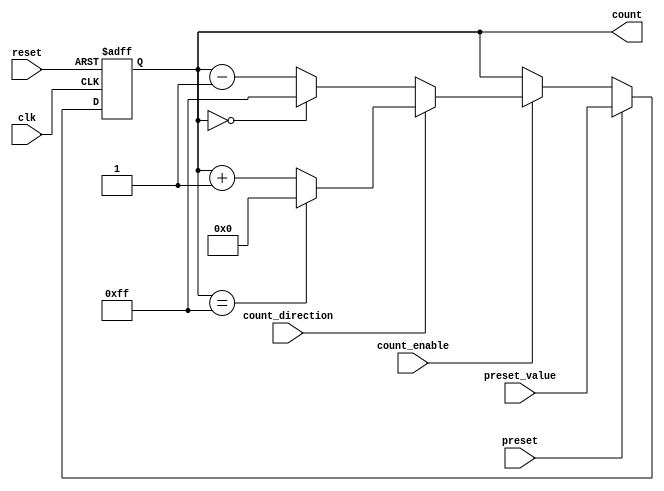
module presettable_counter (
    input wire clk,                // Clock signal
    input wire reset,              // Asynchronous reset signal
    input wire preset,             // Preset signal
    input wire [N-1:0] preset_value, // Multi-bit input for preset value
    input wire count_enable,       // Count enable signal
    input wire count_direction,     // 1 for up-counting, 0 for down-counting
    output reg [N-1:0] count       // Current count value
);
    parameter N = 8;               // Bit-width of the counter

    // Asynchronous reset and preset functionality
    always @(posedge clk or posedge reset) begin
        if (reset) begin
            count <= 0;            // Reset to zero or preset value
        end else if (preset) begin
            count <= preset_value; // Load preset value
        end else if (count_enable) begin
            if (count_direction) begin
                // Up-counting
                if (count == {N{1'b1}}) begin
                    count <= 0;     // Wrap around to zero
                end else begin
                    count <= count + 1; // Increment count
                end
            end else begin
                // Down-counting
                if (count == 0) begin
                    count <= {N{1'b1}}; // Wrap around to max value
                end else begin
                    count <= count - 1; // Decrement count
                end
            end
        end
    end

endmodule